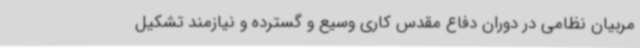
مربیان نظامی در دوران دفاع مقدس کاری وسیع و گسترده و نیازمند تشکیل